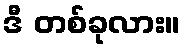
ဒီ တစ်ခုလား။